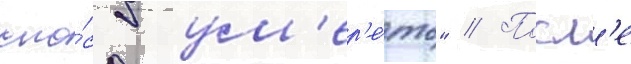
спо́соб ум'ер'е́ть" // Посл'е